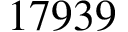
1 7 9 3 9